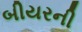
બીયરની